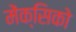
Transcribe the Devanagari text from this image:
मेंक्सिको